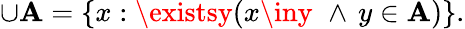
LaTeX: \cup\mathbf{A}=\{ x:\existsy(x\iny\, \, \land\, y\in\mathbf{A})\} .